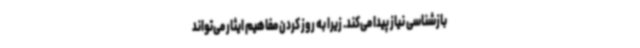
بازشناسی نیاز پیدا می‌کند. زیرا به روز کردن مفاهیم ایثار می‌تواند